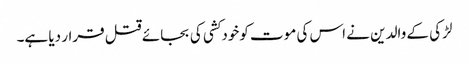
لڑکی کے والدین نے اس کی موت کوخودکشی کی بجائے قتل قرار دیا ہے۔